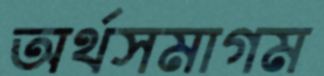
অর্থসমাগম